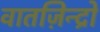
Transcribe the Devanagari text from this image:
वातज़िन्द्रो